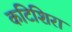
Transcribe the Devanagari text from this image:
कटिशिरा